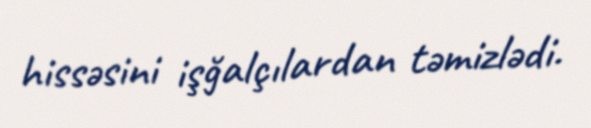
hissəsini işğalçılardan təmizlədi.